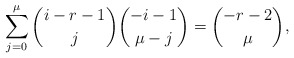
\begin{align*}\sum^\mu_{j=0}{i-r-1\choose j} {-i-1\choose \mu-j}= {-r-2\choose \mu},\end{align*}